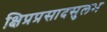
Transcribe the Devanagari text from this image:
क्षिप्रप्रसादसुलभ